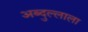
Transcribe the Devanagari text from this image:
अब्दुल्लाला